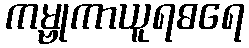
ကမ္ဗုကာယူရဓရေ